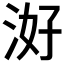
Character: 𭰕